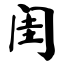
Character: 闺